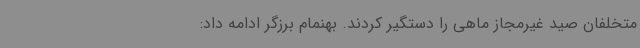
متخلفان صید غیرمجاز ماهی را دستگیر کردند. بهنمام برزگر ادامه داد: